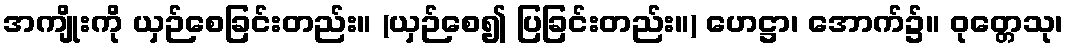
အကျိုးကို ယှဉ်စေခြင်းတည်း။ (ယှဉ်စေ၍ ပြခြင်းတည်း။) ဟေဋ္ဌာ၊ အောက်၌။ ဝုတ္တေသု၊